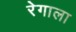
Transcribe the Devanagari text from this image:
रेगाला